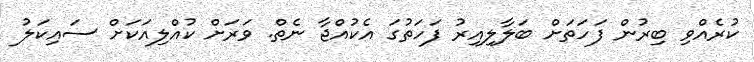
ކުރެއްވި ބިރުން ފަހަތަށް ބަލާލިއިރު ފަހަތުގަ އެކުއްޖާ ނެތް. ވަރަށް ކުއްލިއަކަށް ސައިކަލު